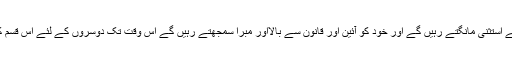
جب تک چند طاقتور اور غالب ادارے اپنے لئے استثنیٰ مانگتے رہیں گے اور خود کو آئین اور قانون سے بالااور مبرا سمجھتے رہیں گے اس وقت تک دوسروں کے لئے اس قسم کے رویے کی حوصلہ افزائی جاری رہے گی۔